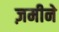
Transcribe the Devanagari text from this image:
ज़मीने